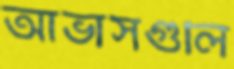
আভাসগুলি